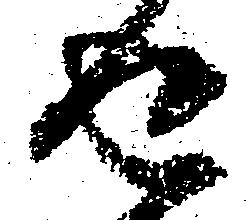
返